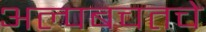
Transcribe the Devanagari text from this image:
अल्पबचतचे